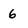
Character: 6